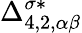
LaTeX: \Delta_{4,2,\alpha\beta}^{\sigma*}